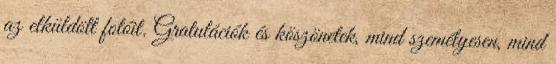
az elküldött fotóit. Gratulációk és köszönetek, mind személyesen, mind